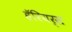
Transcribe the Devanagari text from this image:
हॅरियर्स